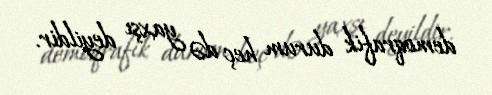
demoqrafik durum heç də yaxşı deyildir.